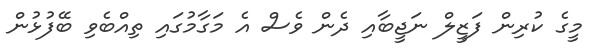
މީގެ ކުރިން ފަޒީލް ނަޖީބާއި ދެން ވެސް އެ މަގާމުގައި ތިއްބެވި ބޭފުޅުން